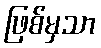
ဖြစ်မှသာ